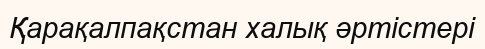
Қарақалпақстан халық әртістері